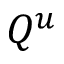
Q ^ { u }